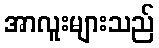
အာလူးများသည်